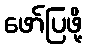
ဖော်ပြဖို့